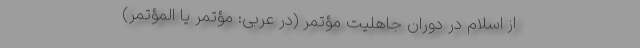
از اسلام در دوران جاهلیت مؤتمر (در عربی: مُؤْتَمِر یا المُؤْتَمِر)